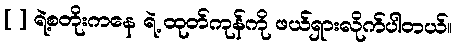
[ ] ရဲ့စတိုးကနေ ရဲ့ ထုတ်ကုန်ကို ဖယ်ရှားလိုက်ပါတယ်။